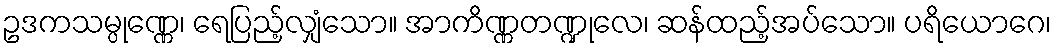
ဥဒကသမ္ပုဏ္ဏေ၊ ရေပြည့်လျှံသော။ အာကိဏ္ဏတဏ္ဍုလေ၊ ဆန်ထည့်အပ်သော။ ပရိယောဂေ၊